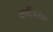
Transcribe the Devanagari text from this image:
कवींबरोबर